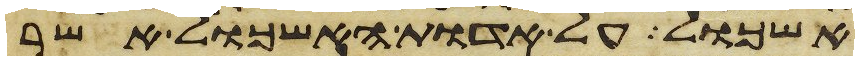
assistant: אשכול על אדות האשכול אשר